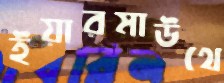
ইয়ারমাউথে